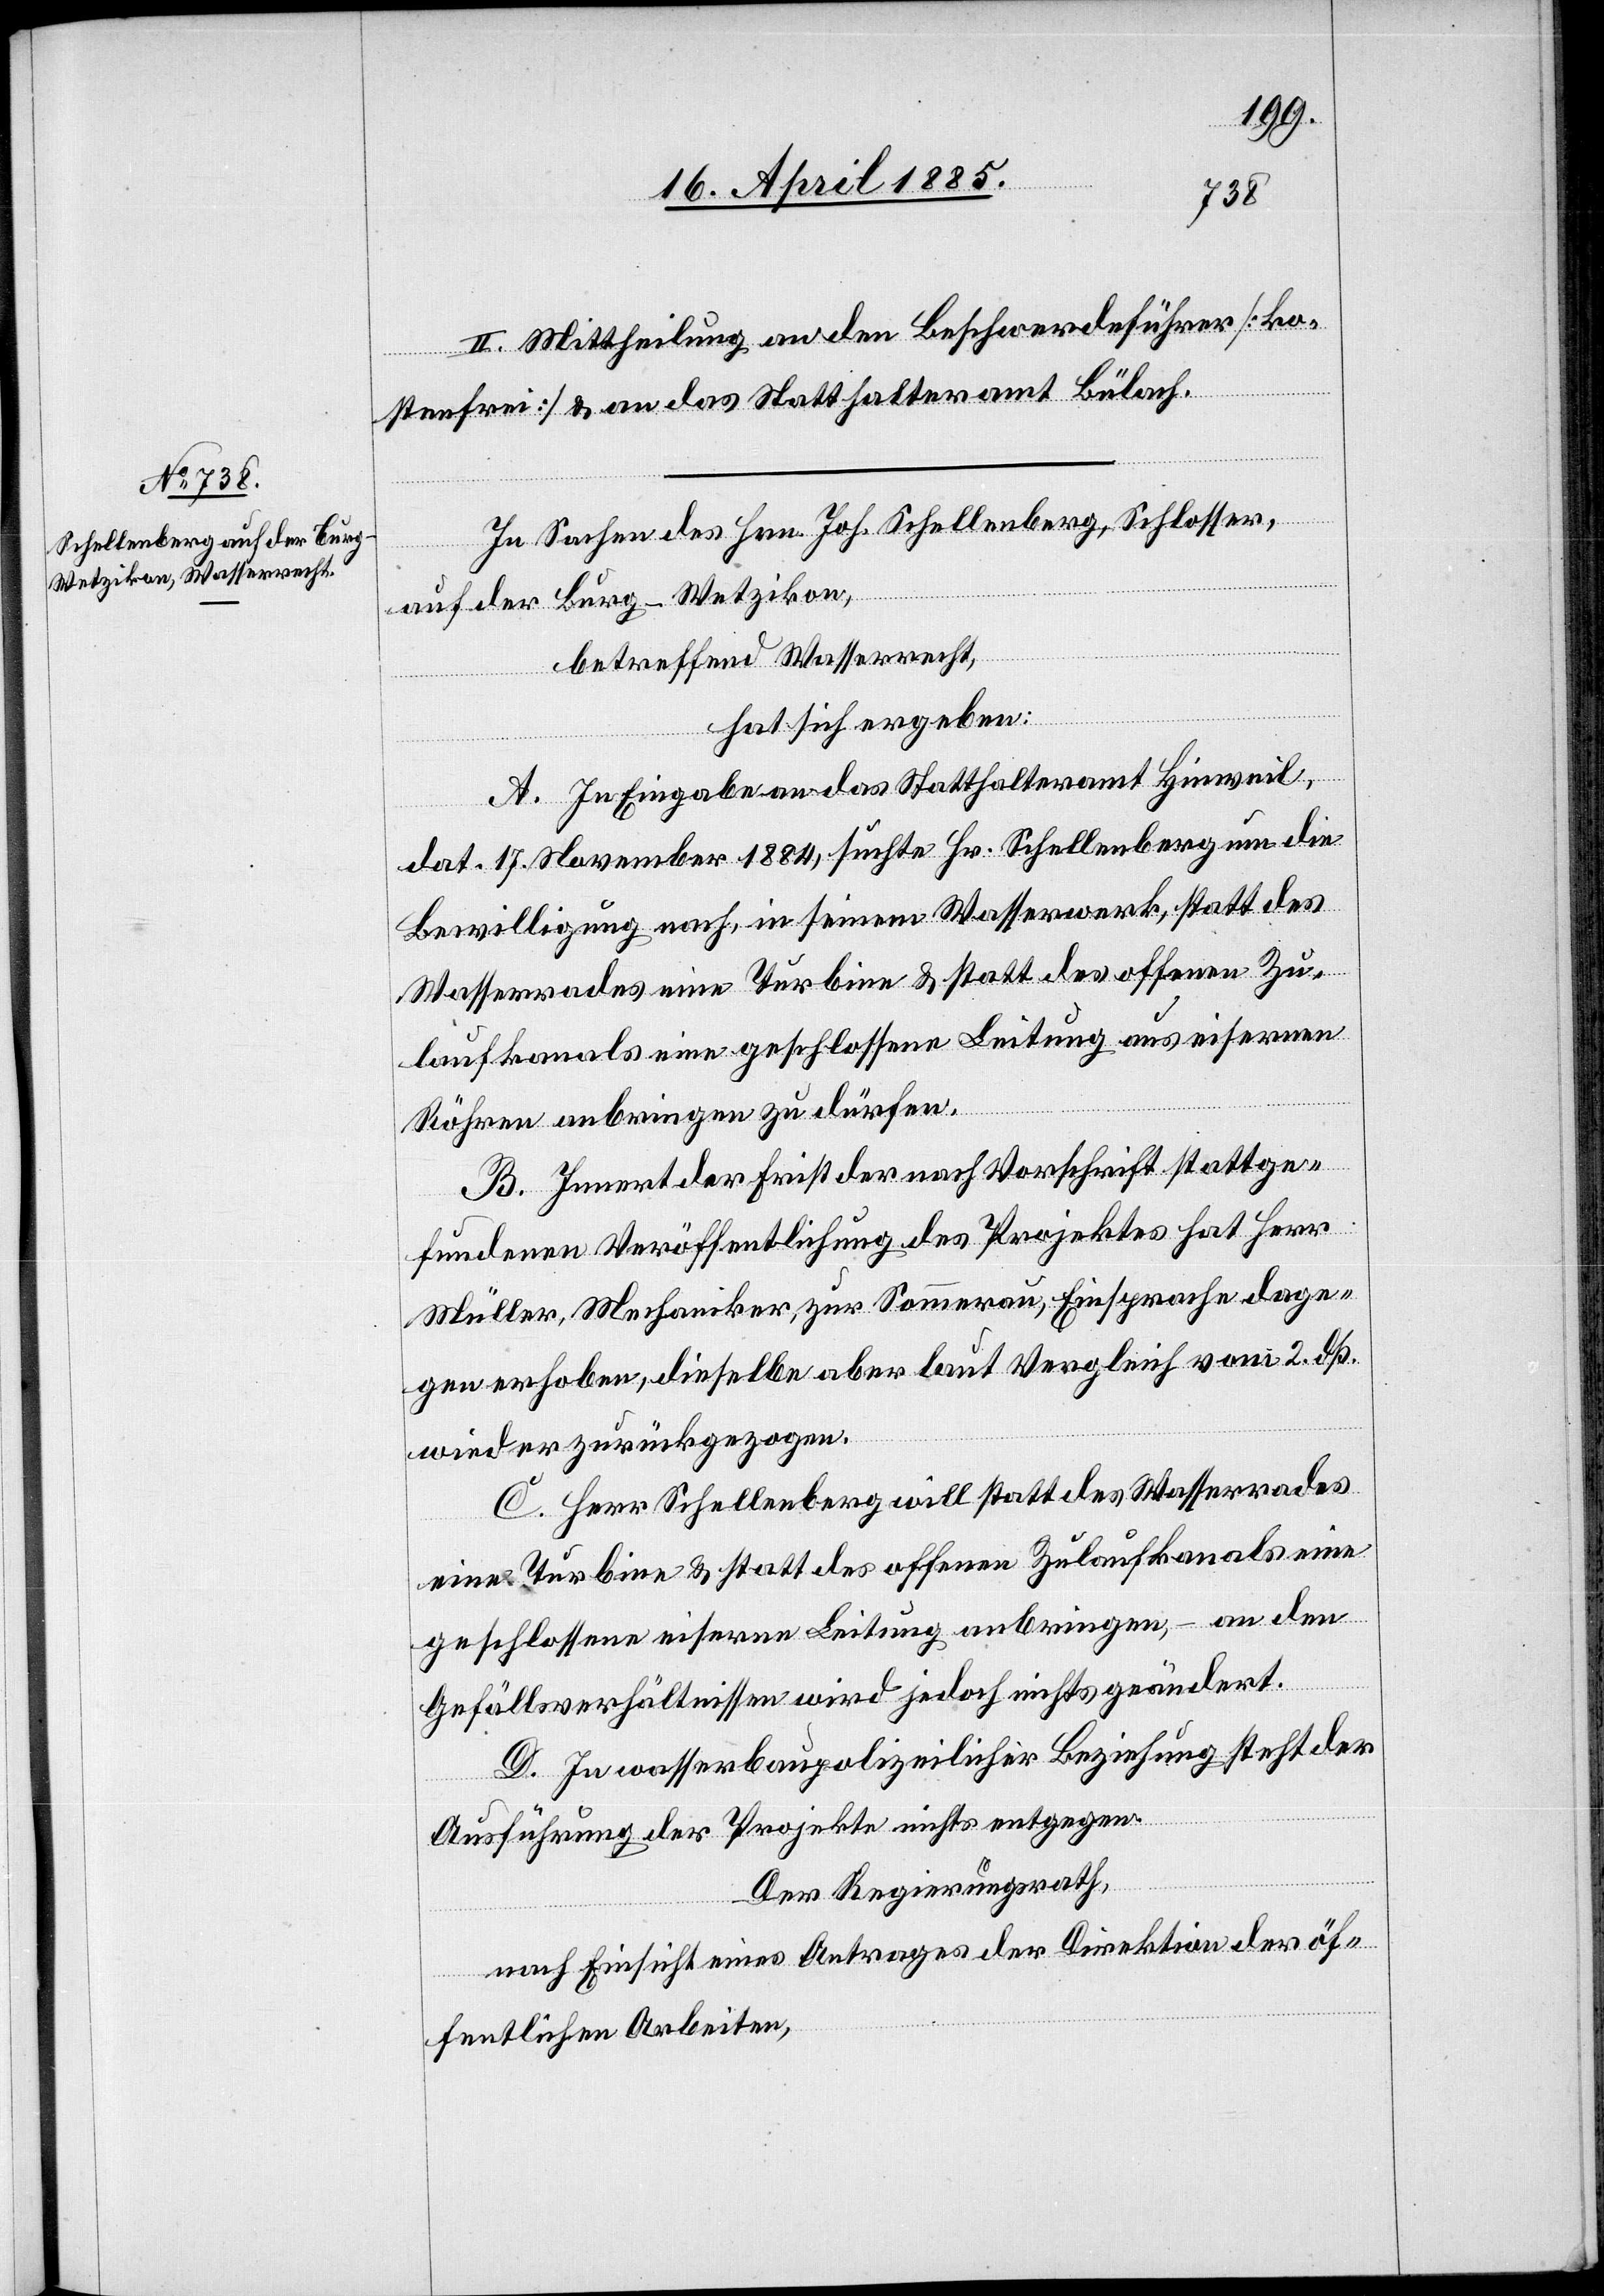
II. Mittheilung an den Beschwerdeführer [ko¬
stenfrei] & an das Statthalteramt Bülach.
In Sachen des Hrn. Joh. Schellenberg, Schlosser,
auf der Burg - Wetzikon,
betreffend Wasserrecht,
hat sich ergeben:
A. In Eingabe an das Statthalteramt Hinweil,
dat. 17. November 1884, suchte Hr. Schellenberg um die
Bewilligung nach, in seinem Wasserwerk, statt des
Wasserrades eine Turbine & statt des offenen Zu¬
laufkanals eine geschlossene Leitung aus eisernen
Röhren anbringen zu dürfen.
B. Innert der Frist der nach Vorschrift stattge¬
fundenen Veröffentlichung des Projektes hat Herr
Müller, Mechaniker, zur Sommerau, Einsprache dage¬
gen erhoben, dieselbe aber laut Vergleich vom 2. dß.
wieder zurückgegangen.
C. Herr Schellenberg will statt des Wasserrades
eine Turbine & statt des offenen Zulaufkanals eine
geschlossene eiserne Leitung anbringen, – an den
Gefällsverhältnissen wird jedoch nichts geändert.
D. In wasserbaupolizeilicher Beziehung steht der
Ausführung der Projekte nichts entgegen.
Der Regierungsrath,
nach Einsicht eines Antrages der Direktion der öf¬
fentlichen Arbeiten,